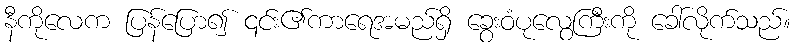
နီကိုလေက ပြန်ပြော၍ ၎င်း၏ကာရေအမည်ရှိ ခွေးဝံပုလွေကြီးကို ခေါ်လိုက်သည်။